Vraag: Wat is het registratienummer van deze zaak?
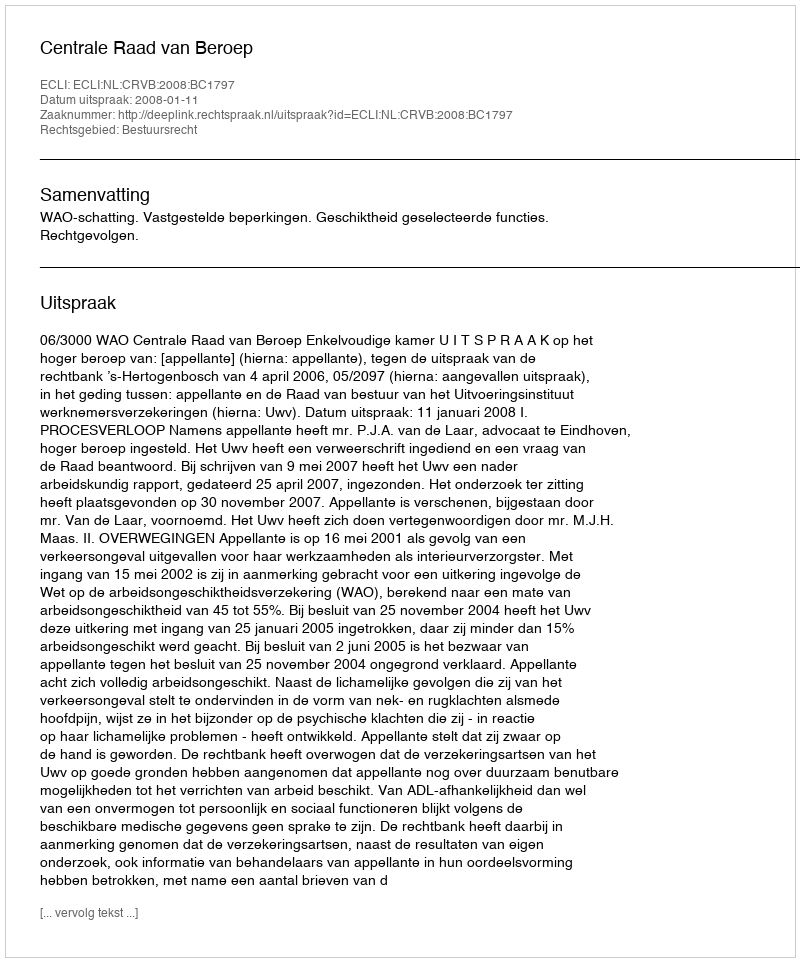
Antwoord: http://deeplink.rechtspraak.nl/uitspraak?id=ECLI:NL:CRVB:2008:BC1797